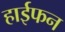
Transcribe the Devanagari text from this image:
हाईफन